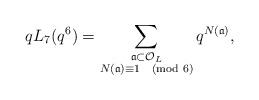
\begin{align*} qL_{7}(q^{6}) = \sum_{\substack{\frak{a} \subset \mathcal{O}_{L} \\ N(\frak{a}) \equiv 1 \pmod{6}}} q^{N(\frak{a})},\end{align*}